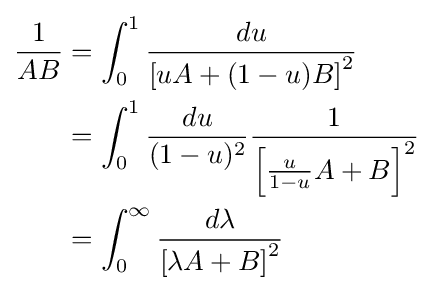
{\begin{aligned}{\frac {1}{AB}}&=\int _{0}^{1}{\frac {du}{\left[uA+(1-u)B\right]^{2}}}\\&=\int _{0}^{1}{\frac {du}{(1-u)^{2}}}{\frac {1}{\left[{\frac {u}{1-u}}A+B\right]^{2}}}\\&=\int _{0}^{\infty }{\frac {d\lambda }{\left[\lambda A+B\right]^{2}}}\\\end{aligned}}